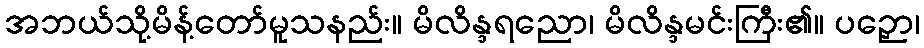
အဘယ်သို့မိန့်တော်မူသနည်း။ မိလိန္ဒရညော၊ မိလိန္ဒမင်းကြီး၏။ ပဉှော၊